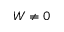
W \neq 0